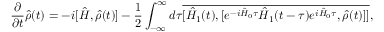
\frac { \partial } { \partial t } \hat { \rho } ( t ) = - i [ \hat { H } , \hat { \rho } ( t ) ] - \frac { 1 } { 2 } \int _ { - \infty } ^ { \infty } d \tau \overline { { [ \hat { H } _ { 1 } ( t ) , [ e ^ { - i \hat { H } _ { 0 } \tau } \hat { H } _ { 1 } ( t - \tau ) e ^ { i \hat { H } _ { 0 } \tau } , \hat { \rho } ( t ) ] ] } } ,